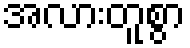
အလားတူစွာ